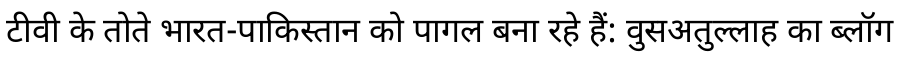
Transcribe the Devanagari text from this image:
टीवी के तोते भारत-पाकिस्तान को पागल बना रहे हैं: वुसअतुल्लाह का ब्लॉग